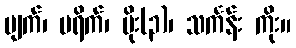
မျက်၊ ပရိက်၊ မိုး(၃)၊ သင်္ကန်း ကိုး။